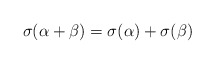
\begin{align*}\sigma(\alpha+\beta)=\sigma(\alpha)+\sigma(\beta)\end{align*}